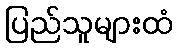
ပြည်သူများထံ